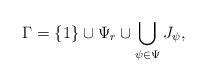
LaTeX: \begin{align*}\Gamma=\{1\}\cup\Psi_r\cup\bigcup_{\psi\in\Psi}J_{\psi},\end{align*}